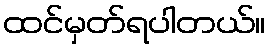
ထင်မှတ်ရပါတယ်။